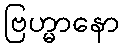
ဗြဟ္မာနော